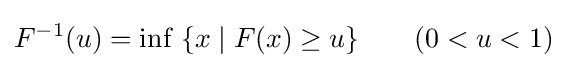
F^{-1}(u)=\inf \;\{x\mid F(x)\geq u\}\qquad (0<u<1)